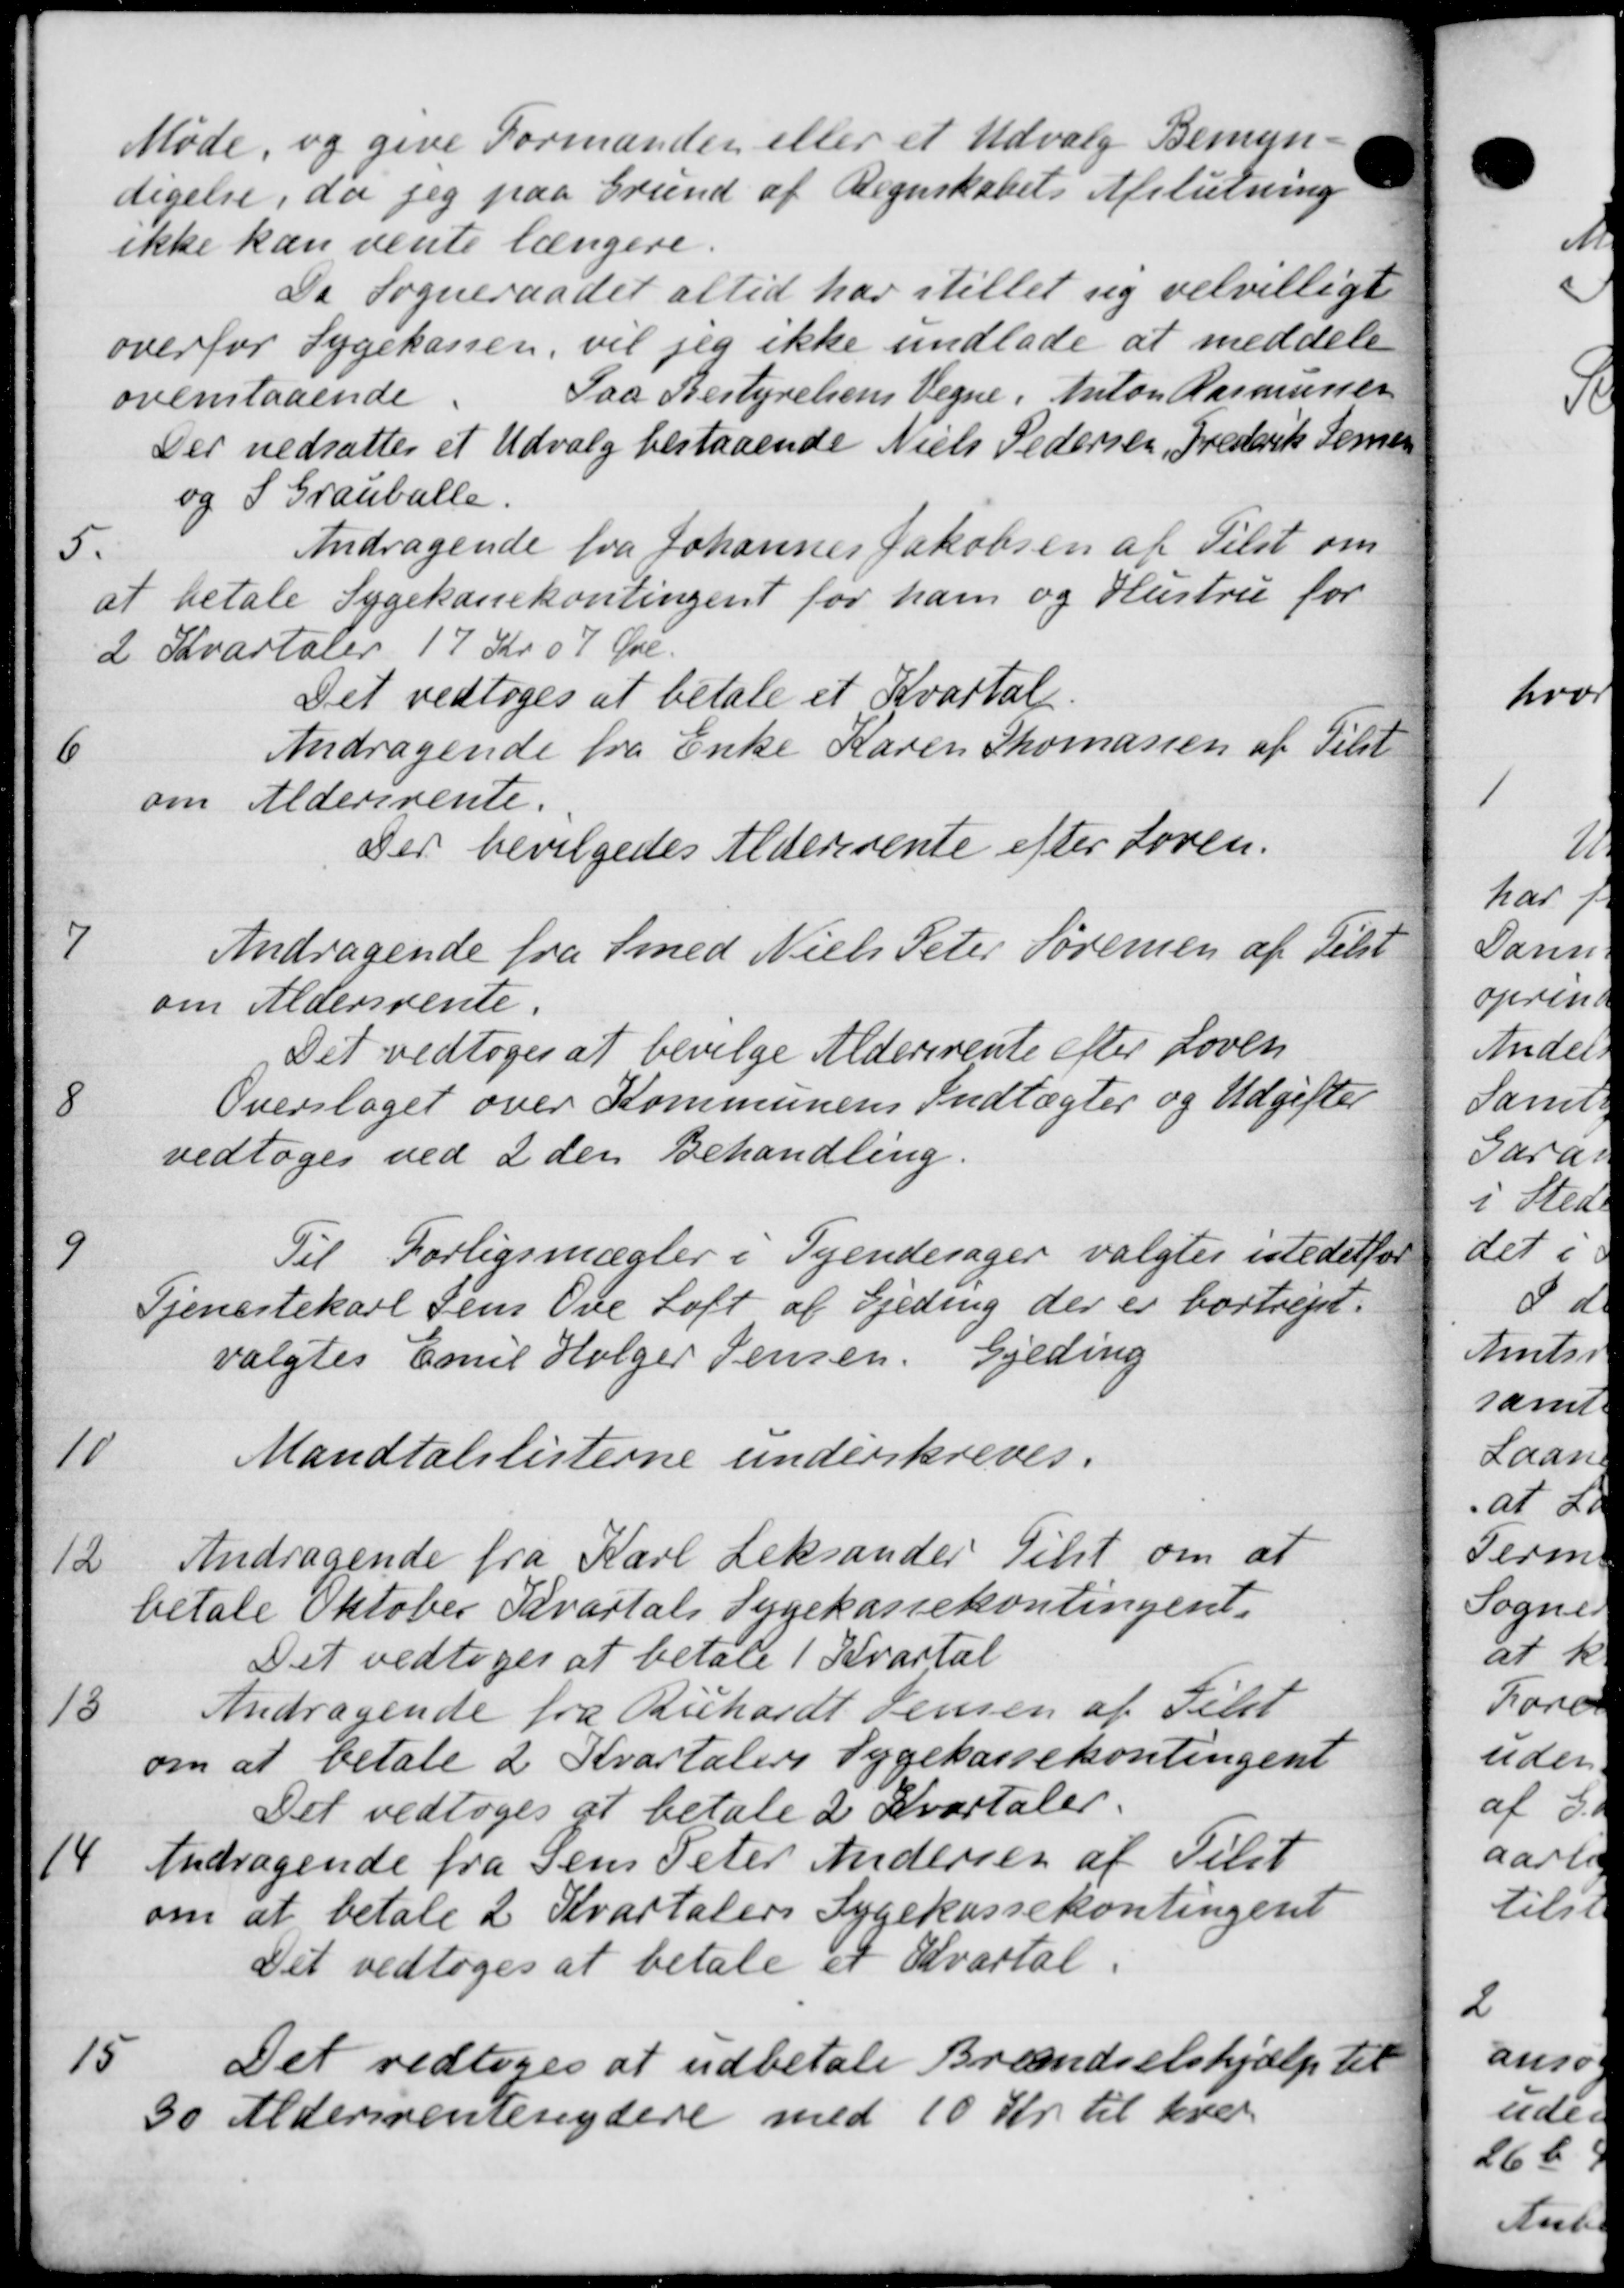
Transskription:
Møde, og give Formanden eller et Udvalg Bemyn-
digelse, da jeg paa Grund af Regnskabets Afslutning
ikke kan vente længere.
Da Sogneraadet altid har stillet sig velvilligt
overfor Sygekassen, vil jeg ikke undlade at meddele
Paa Bestyrelsens Vegne, Anton Rasmussen
ovenstaaende
Der nedsattes et Udvalg bestaaende Niels Pedersen, Frederik Jensen
og S. Grauballe.
5.
Andragende fra Johannes Jakobsen af Tilst om
at betale Sygekassekontingent for ham og Hustru for
2 Kvartaler 17 Kr 07 Øre.
Det vedtoges at betale et Kvartal
6
Andragende fra Enke Karen Thomassen af Tilst
om Aldersrente.
Der bevilgedes Aldersrente efter Loven.
7
Andragende fra Smed Niels Peter Sørensen af delst
om Aldersrente.
Det vedtoges at bevilge Aldersrente efter Loven
8
Overslaget over Kommunens Indtægter og Udgifter
vedtoges ved 2 den Behandling.
9
Til Forligsmægler i Tyendesager valgtes istedetfor
Tjenestekarl Jens Ove Loft af Gjeding der er bortrejst.
valgtes Emil Holger Jensen, Gjeding
10
Mandtalslisterne underskreves.
12
Andragende fra Karl Leksander Tilst om at
betale Oktober Kvartals Sygekassekontingent.
Det vedtoges at betale 1 Kvartal
13
Andragende fra Ruhardt Jensen af Tilst
om at betale 2 Kvartalers Sygekassekontingent
Det vedtoges at betale 2 Kvartaler.
14
Andragende fra Jens Peter Andersen af Tilst
om at betale 2 Kvartalers Sygekassekontingent
Det vedtoges at betale et Kvartal.
15
Det vedtoges at udbetale Brændselshjælp til
30 Aldersrentenydere med 10 Kr. til hver